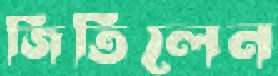
জিতিলেন